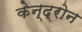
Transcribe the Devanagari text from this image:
केन्द्रोन